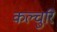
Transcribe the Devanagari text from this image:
कल्चुरि